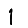
Digit: 1